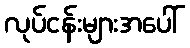
လုပ်ငန်းများအပေါ်